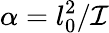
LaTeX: \alpha=l_{0}^{2}/\mathcal{I}